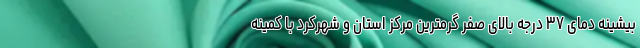
بیشینه دمای ۳۷ درجه بالای صفر گرمترین مرکز استان و شهرکرد با کمینه